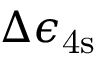
\Delta \epsilon _ { \mathrm { 4 s } }